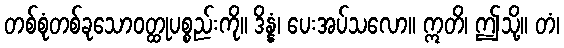
တစ်စုံတစ်ခုသောဝတ္ထုပစ္စည်းကို။ ဒိန္နံ၊ ပေးအပ်သလော။ ဣတိ၊ ဤသို့။ တံ၊